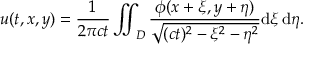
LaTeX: u ( t , x , y ) = { \frac { 1 } { 2 \pi c t } } \iint _ { D } { \frac { \phi ( x + \xi , y + \eta ) } { \sqrt { ( c t ) ^ { 2 } - \xi ^ { 2 } - \eta ^ { 2 } } } } \mathrm { d } \xi \, \mathrm { d } \eta .